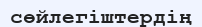
сөйлегіштердің